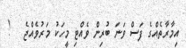
އިމާރާތެއްގެ ފަސް ވަނަ ބުރިން ވެއްޓި މީހަކު މަރުވެއްޖެ   !